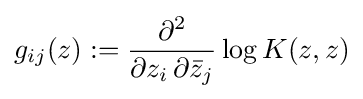
g_{ij}(z):={\frac {\partial ^{2}}{\partial z_{i}\,\partial {\bar {z}}_{j}}}\log K(z,z)